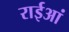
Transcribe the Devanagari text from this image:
राईआं